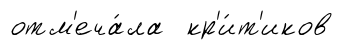
отм'еча́ла кр'и́т'иков